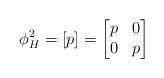
LaTeX: \begin{align*}\phi_{H}^2 = [p] = \begin{bmatrix} p & 0 \\ 0 & p \end{bmatrix}\end{align*}